Leprosy in India: report of the Leprosy Commission in India, 1890-91
Year: 1890
Disease focus: Leprosy
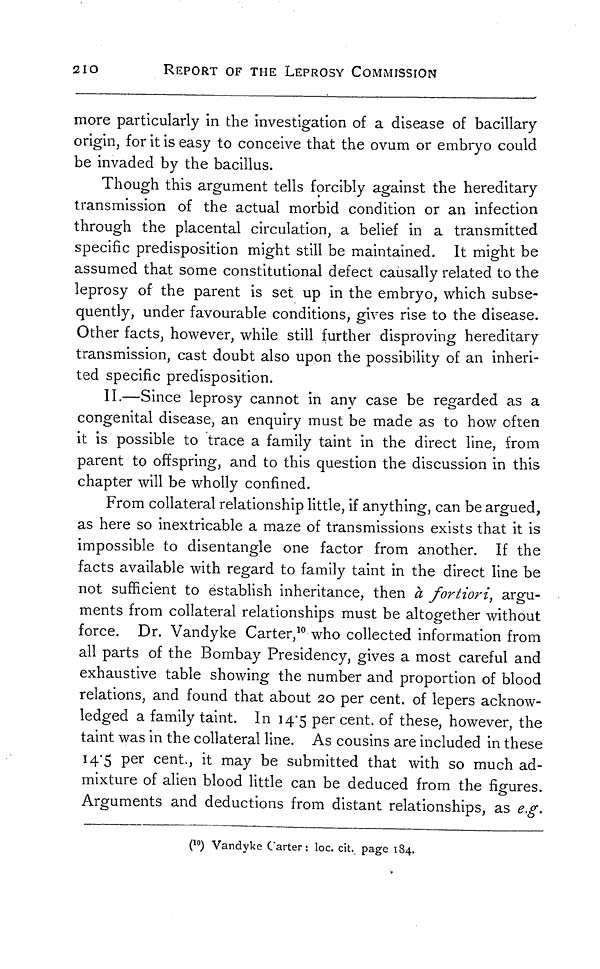
210
REPORT OF THE LEPROSY COMMISSION
more particularly in the investigation of a disease of bacillary
origin, for it is easy to conceive that the ovum or embryo could
be invaded by the bacillus.
Though this argument tells forcibly against the hereditary
transmission of the actual morbid condition or an infection
through the placental circulation, a belief in a transmitted
specific predisposition might still be maintained. It might be
assumed that some constitutional defect causally related to the
leprosy of the parent is set up in the embryo, which subse-
quently, under favourable conditions, gives rise to the disease.
Other facts, however, while still further disproving hereditary
transmission, cast doubt also upon the possibility of an inheri-
ted specific predisposition.
II.—Since leprosy cannot in any case be regarded as a
congenital disease, an enquiry must be made as to how often
it is possible to trace a family taint in the direct line, from
parent to offspring, and to this question the discussion in this
chapter will be wholly confined.
From collateral relationship little, if anything, can be argued,
as here so inextricable a maze of transmissions exists that it is
impossible to disentangle one factor from another. If the
facts available with regard to family taint in the direct line be
not sufficient to establish inheritance, then à fortiori, argu-
ments from collateral relationships must be altogether without
force. Dr. Vandyke Carter, 10 who collected information from
all parts of the Bombay Presidency, gives a most careful and
exhaustive table showing the number and proportion of blood
relations, and found that about 20 per cent. of lepers acknow-
ledged a family taint. In 14.5 per cent. of these, however, the
taint was in the collateral line. As cousins are included in these
14.5 per cent., it may be submitted that with so much ad-
mixture of alien blood little can be deduced from the figures.
Arguments and deductions from distant relationships, as e.g.
( 10 ) Vandyke Carter: loc. cit. page 184.